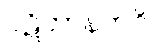
ပဋိဘာနကဝိ